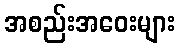
အစည်းအဝေးများ